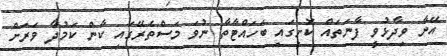
އޭނާ ވިދާޅުވީ ފާނަތައް ކޮށީގައި ބަހައްޓާތާ ނުވަ މަސްތެރޭގައި ކާން ކަމުދާ ވަރަށް